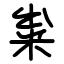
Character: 粜